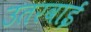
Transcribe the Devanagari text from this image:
उतरवाई